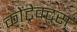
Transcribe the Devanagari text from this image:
कोंट्रेक्ट्स